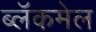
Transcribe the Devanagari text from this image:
ब्लॅकमेल